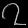
Digit: ၇